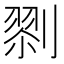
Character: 𠞨